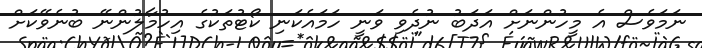
ނަމަވެސް އެ މީހުންނަށް އަދަބު ނުދެވި ވަނީ ހަމައެކަނި ކޯޓުތަކުގެ އިހުމާލުންނޭ ބުނެވޭކަށް